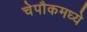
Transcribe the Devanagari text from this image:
चेपौकमध्ये